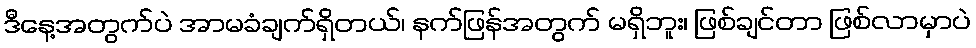
ဒီနေ့အတွက်ပဲ အာမခံချက်ရှိတယ်၊ နက်ဖြန်အတွက် မရှိဘူး၊ ဖြစ်ချင်တာ ဖြစ်လာမှာပဲ